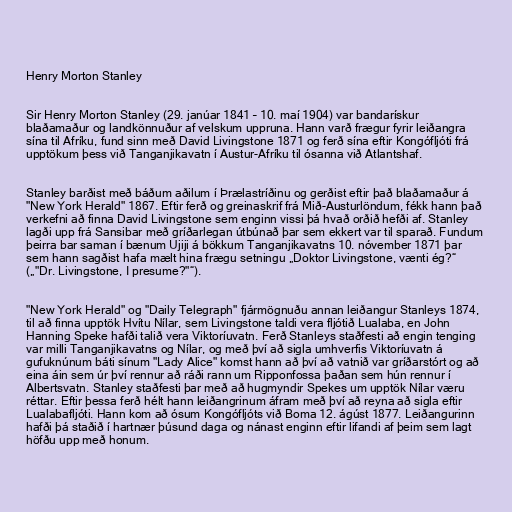
Henry Morton Stanley

Sir Henry Morton Stanley (29. janúar 1841 – 10. maí 1904) var bandarískur
blaðamaður og landkönnuður af velskum uppruna. Hann varð frægur fyrir leiðangra
sína til Afríku, fund sinn með David Livingstone 1871 og ferð sína eftir Kongófljóti frá
upptökum þess við Tanganjikavatn í Austur-Afríku til ósanna við Atlantshaf.

Stanley barðist með báðum aðilum í Þrælastríðinu og gerðist eftir það blaðamaður á
"New York Herald" 1867. Eftir ferð og greinaskrif frá Mið-Austurlöndum, fékk hann það
verkefni að finna David Livingstone sem enginn vissi þá hvað orðið hefði af. Stanley
lagði upp frá Sansibar með gríðarlegan útbúnað þar sem ekkert var til sparað. Fundum
þeirra bar saman í bænum Ujiji á bökkum Tanganjikavatns 10. nóvember 1871 þar
sem hann sagðist hafa mælt hina frægu setningu „Doktor Livingstone, vænti ég?“
(„"Dr. Livingstone, I presume?"“).

"New York Herald" og "Daily Telegraph" fjármögnuðu annan leiðangur Stanleys 1874,
til að finna upptök Hvítu Nílar, sem Livingstone taldi vera fljótið Lualaba, en John
Hanning Speke hafði talið vera Viktoríuvatn. Ferð Stanleys staðfesti að engin tenging
var milli Tanganjikavatns og Nílar, og með því að sigla umhverfis Viktoríuvatn á
gufuknúnum báti sínum "Lady Alice" komst hann að því að vatnið var gríðarstórt og að
eina áin sem úr því rennur að ráði rann um Ripponfossa þaðan sem hún rennur í
Albertsvatn. Stanley staðfesti þar með að hugmyndir Spekes um upptök Nílar væru
réttar. Eftir þessa ferð hélt hann leiðangrinum áfram með því að reyna að sigla eftir
Lualabafljóti. Hann kom að ósum Kongófljóts við Boma 12. ágúst 1877. Leiðangurinn
hafði þá staðið í hartnær þúsund daga og nánast enginn eftir lifandi af þeim sem lagt
höfðu upp með honum.